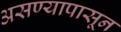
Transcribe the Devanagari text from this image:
असण्यापासून